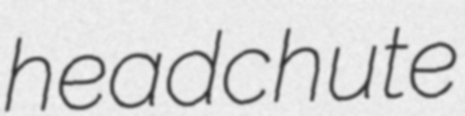
headchute